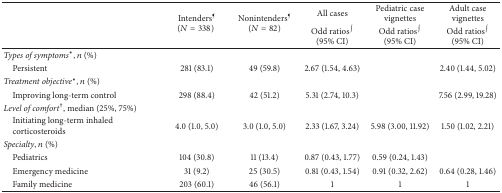
| <ROWSPAN=2>  | <ROWSPAN=2> Intenders¶ (N = 338) | <ROWSPAN=2> Nonintenders¶ (N = 82) | All cases | Pediatric case vignettes | Adult case vignettes |
 | Odd ratios∫  (95% CI) | Odd ratios∫  (95% CI) | Odd ratios∫  (95% CI) |
 | --- | --- | --- | --- | --- | --- |
 | Types of symptoms∗, n (%) |  |  |  |  |  |
 | Persistent | 281 (83.1) | 49 (59.8) | 2.67 (1.54, 4.63) |  | 2.40 (1.44, 5.02) |
 | Treatment objective∗,n (%) |  |  |  |  |  |
 | Improving long-term control | 298 (88.4) | 42 (51.2) | 5.31 (2.74, 10.3) |  | 7.56 (2.99, 19.28) |
 | Level of comfort†, median (25%, 75%) |  |  |  |  |  |
 | Initiating long-term inhaled corticosteroids | 4.0 (1.0, 5.0) | 3.0 (1.0, 5.0) | 2.33 (1.67, 3.24) | 5.98 (3.00, 11.92) | 1.50 (1.02, 2.21) |
 | Specialty, n (%) |  |  |  |  |  |
 | Pediatrics | 104 (30.8) | 11 (13.4) | 0.87 (0.43, 1.77) | 0.59 (0.24, 1.43) |  |
 | Emergency medicine | 31 (9.2) | 25 (30.5) | 0.81 (0.43, 1.54) | 0.91 (0.32, 2.62) | 0.64 (0.28, 1.46) |
 | Family medicine | 203 (60.1) | 46 (56.1) | 1 | 1 | 1 |